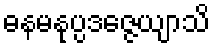
ဓနမနုပ္ပဒဇ္ဇေယျာသိ